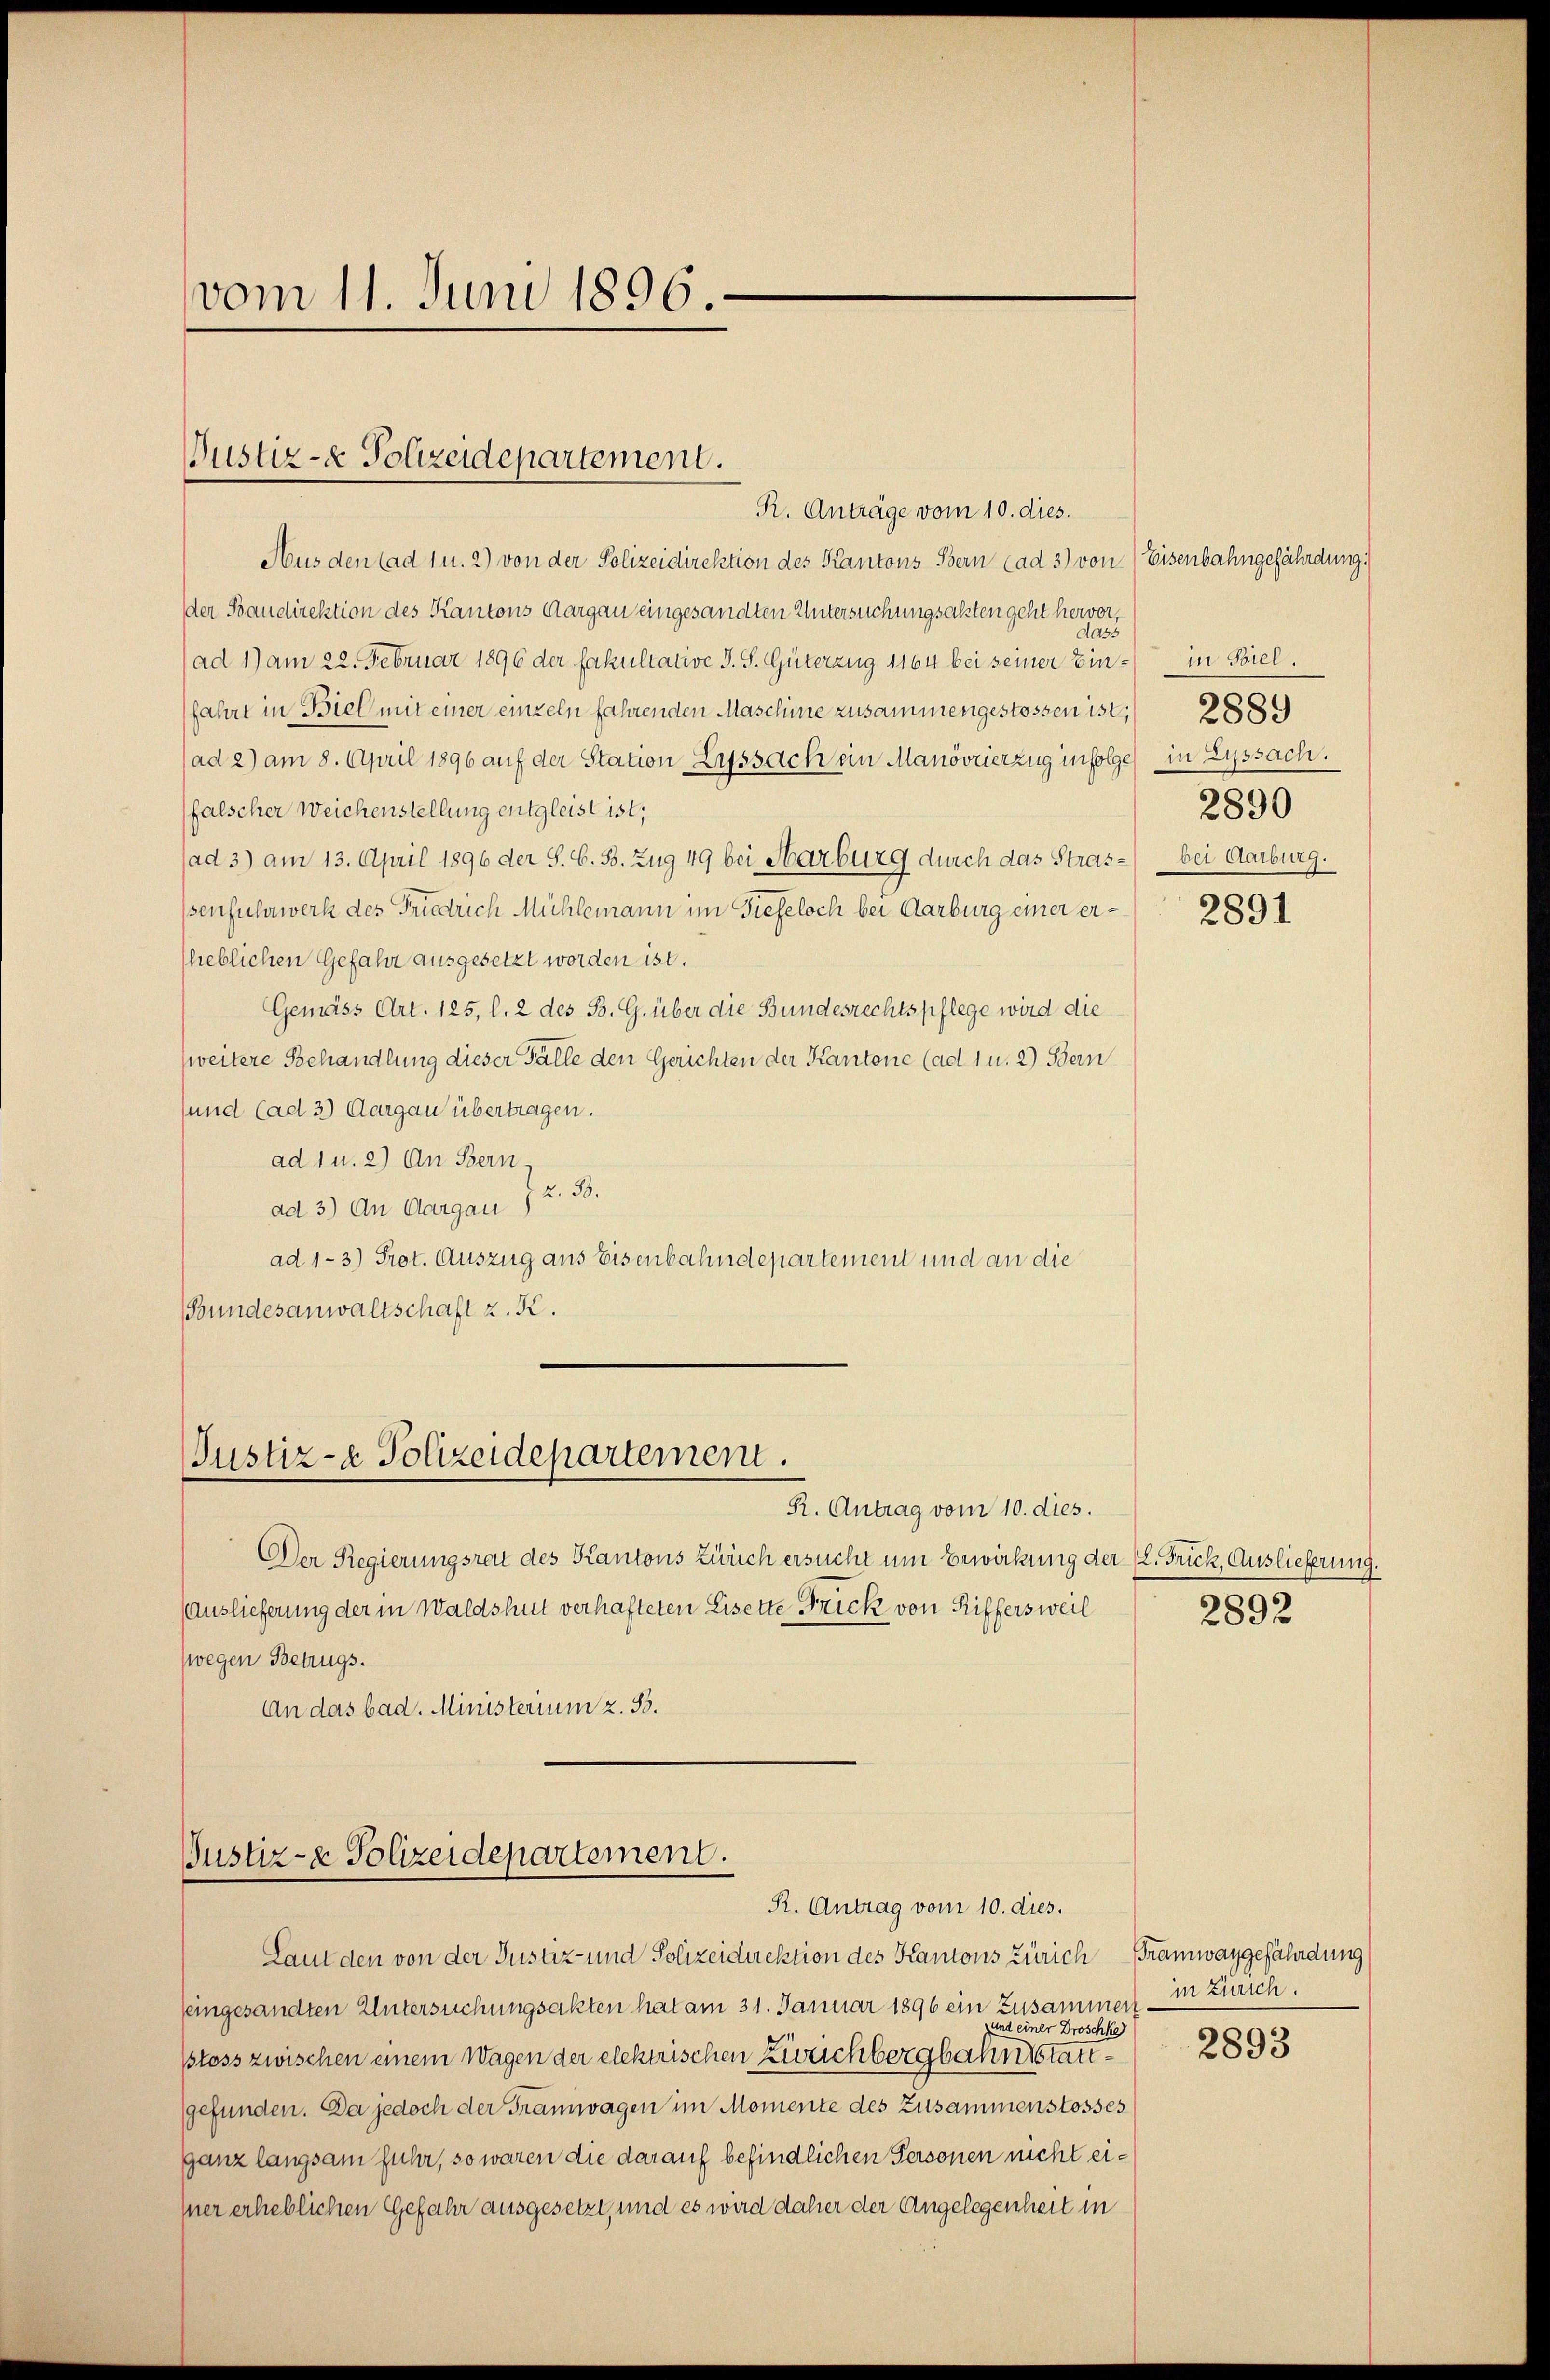
vom 11. Juni 1896.

Pustiz- & Polizeidepartement.

R. Anträge vom 10. dies.
Aus den (ad 1 u. 2) von der Polizeidirektion des Kantons Bern (ad 3) von
Der Bandirektion des Kantons Aargau eingesandten Untersuchungsakten geht hervor,
dass
ad 1) am 22. Februar 1896 der fakultative J. S. Güterzug 1164 bei seiner Einfahre in Biel mit einer einzeln fahrenden Maschine zusammengestossen ist,
(ad 2) am 8. April 1896 auf der Station Lyssach ein Manövrierzug infolge
falscher Weichenstellung entgleist ist,
(ad 3) am 13. April 1896 der S. G. B. Zug 49 bei Harburg durch das Strassenfuhrwerk des Friedrich Mühlemann im Tiefeloch bei Aarburg einer erheblichen Gefahr ausgesetzt worden ist.
Gemäss Art. 125, l. 2 des B. G. über die Bundesrechtspflege wird die
zweitere Behandlung dieser Fälle den Gerichten der Kantone (ad 1 u. 2) Bern
und (ad 3) Aargau übertragen.
ad 1 u. 2) An Bern-
z. B.
ad 3) An Aargau
ad 1-3) Prot. Auszug aus Eisenbahndepartement und an die
(Bundesanwaltschaft z. K.

Justiz- & Polizeidepartement.
R. Antrag vom 10. dies.

Der Regierungsrat des Kantons Zürich ersucht um Bewirkung der L. Frick, Auslieferung.
Auslieferung der in Waldshut verhafteten Lisette Frick von Riffersweil
wegen Bezugs¬
An das bad. Ministerium z. 33.

Justiz- & Polizeidepartement.
R. Antrag vom 10. dies.

feingesandten Untersuchungsakten hat am 31. Januar 1896 ein Zusammen - in Zürich.
und einer Droschke
Bloss zwischen einem Wagen der elektrischen Zireichbergbahnstattgefunden. Da jedoch der Tramwagen im Momente des Zusammenstosses
ganz langsam fuhr, so waren die darauf befindlichen Personen nicht eisner erheblichen Gefahr ausgesetzt, und es wird daher der Angelegenheit in

Laut den von der Justiz- und Polizeidirektion des Kantons Zürich Tramwaygefährdung

Eisenbahngefährdung.
in Biel.
2889
in Zusssach.
2890
bei Aarburg.

2891

2892

2893